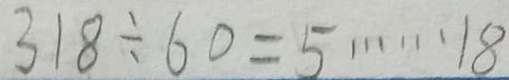
3 1 8 \div 6 0 = 5 \cdots 1 8